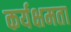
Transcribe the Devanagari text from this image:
कर्यक्षमता